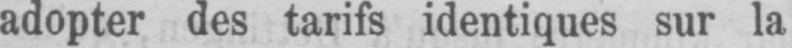
adopter des tarifs identiques sur la